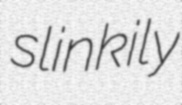
slinkily